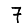
Digit: 7